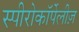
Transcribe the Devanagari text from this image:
स्पीरोकॉर्पेलीज़